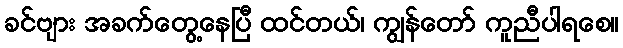
ခင်ဗျား အခက်တွေ့နေပြီ ထင်တယ်၊ ကျွန်တော် ကူညီပါရစေ။